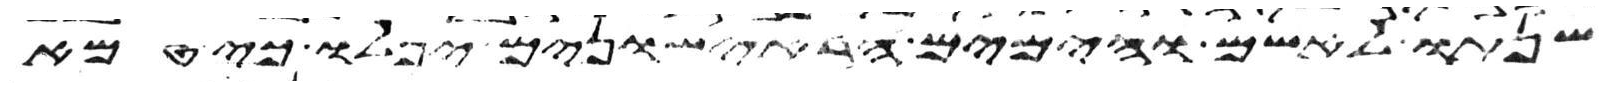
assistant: שנתו לאשם והימים הראישונים יפלו כי טמא